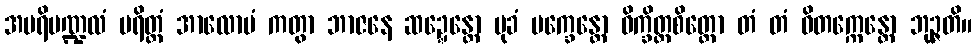
အပရိမဏ္ဍလံ ပရိတ္တံ အာလောပံ ကတွာ ဘာဇနေ ဆဍ္ဍေန္တော မုခံ မက္ခေန္တော ဝိက္ခိတ္တစိတ္တော တံ တံ ဝိတက္ကေန္တော ဘုဉ္ဇတိ။